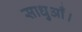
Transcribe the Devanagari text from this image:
साधुआँ।